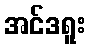
အင်ဒရူး